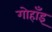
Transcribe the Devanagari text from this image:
गोहाँइ